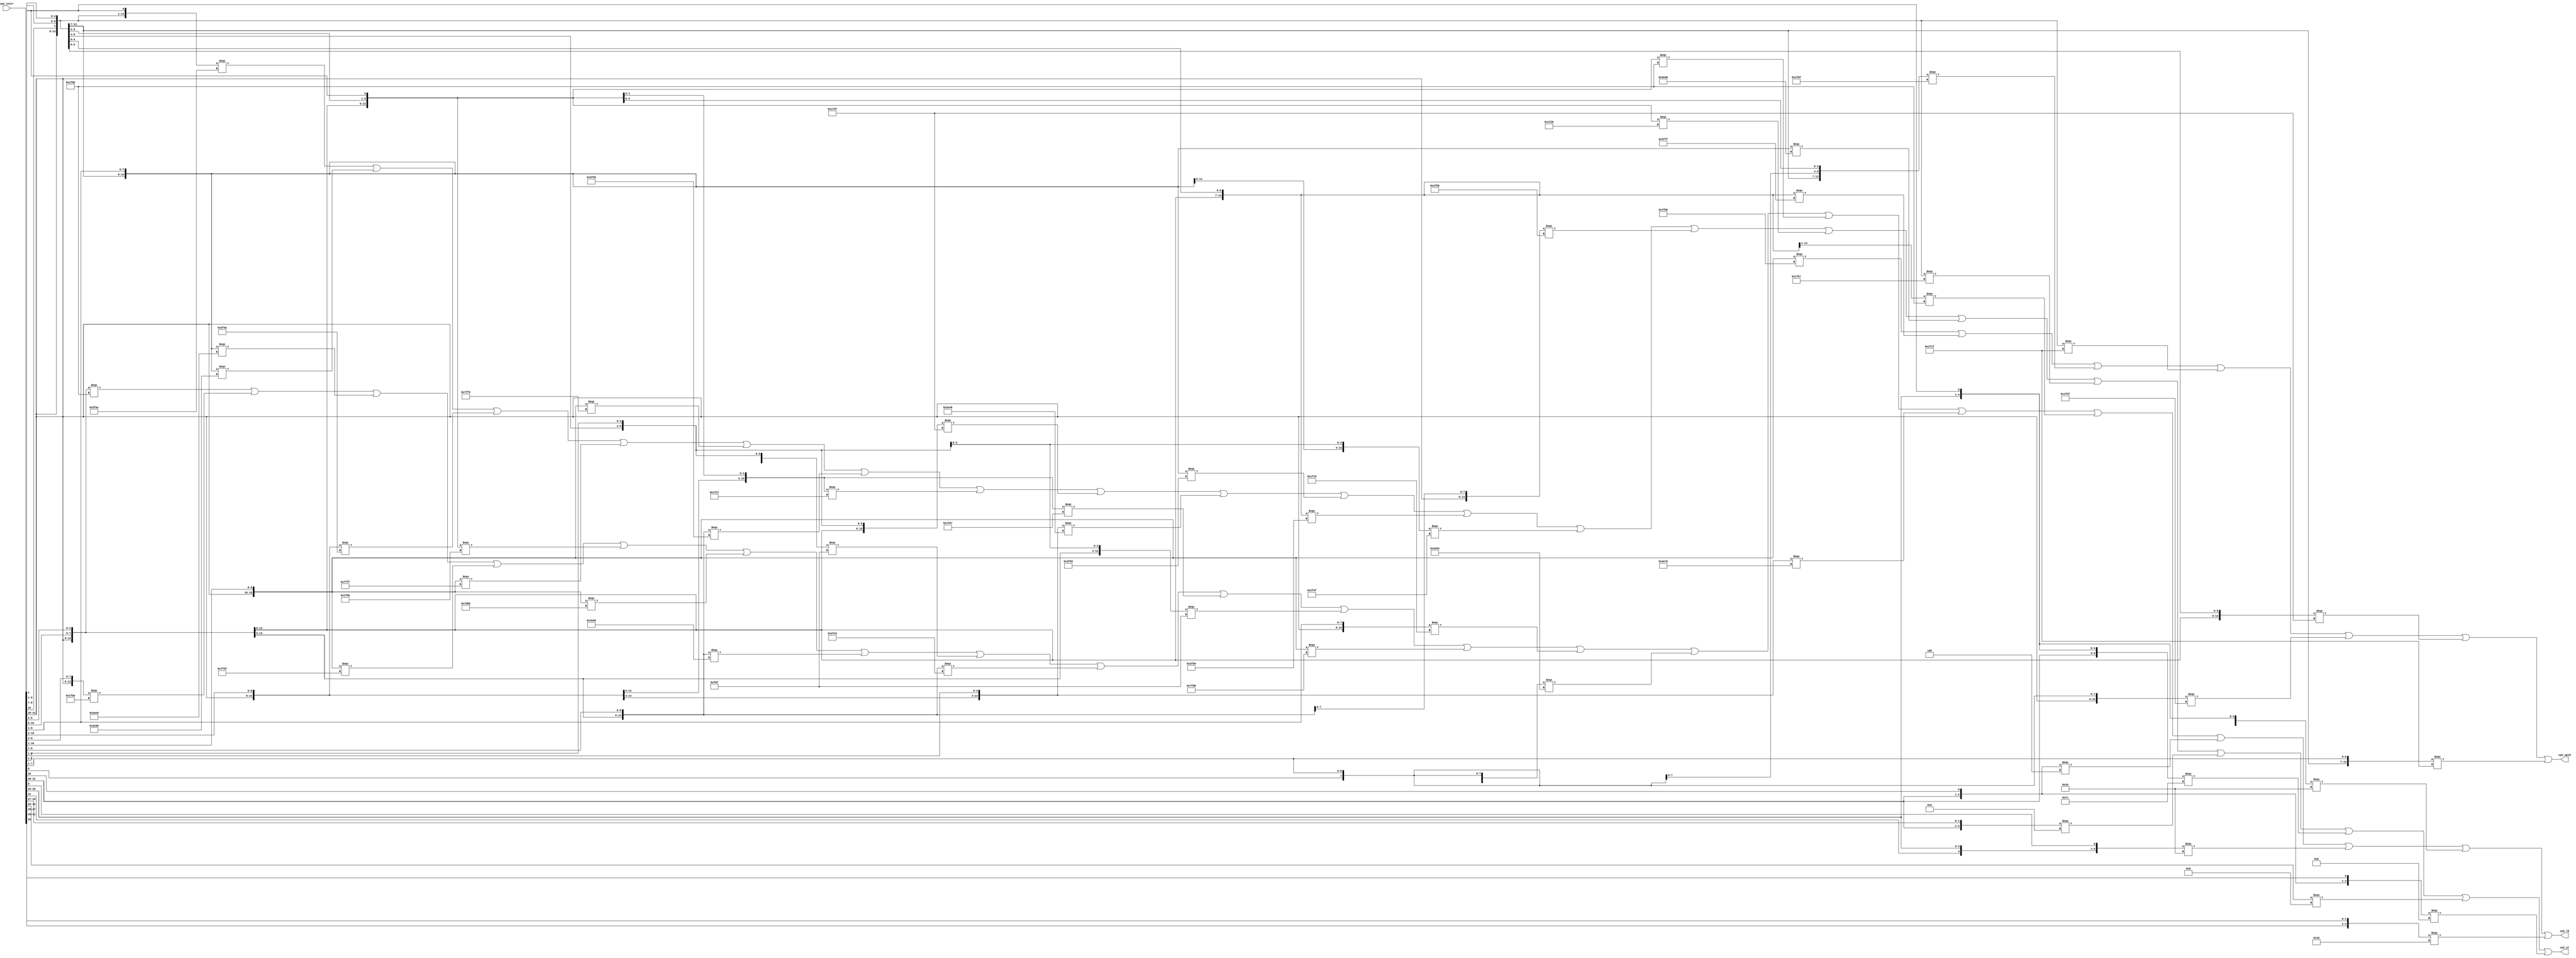
module iuq_cpl_dec(
   input [0:31] cp2_instr,
   output       cp2_ld,
   output       cp2_st,
   output       cp2_epid);

   wire [1:7]   TBL_EPID_DEC_PT;
   wire [1:41]  TBL_LD_ST_PT;
   //@@ START OF EXECUTABLE CODE FOR IUQ_CPL_DEC
   //
   // Final Table Listing
   //      *INPUTS*=============*OUTPUTS*=====*
   //      |                    |             |
   //      | cp2_instr          | cp2_epid    |
   //      | |      cp2_instr   | |           |
   //      | |      |           | |           |
   //      | 000000 2222222223  | |           |
   //      | 012345 1234567890  | |           |
   //      *TYPE*===============+=============+
   //      | PPPPPP PPPPPPPPPP  | P           |
   //      *POLARITY*---------->| +           |
   //      *PHASE*------------->| T           |
   //      *TERMS*==============+=============+
   //    1 | 011111 1110110110  | 1           |
   //    2 | 011111 1111-11111  | 1           |
   //    3 | 011111 00-00111-1  | 1           |
   //    4 | 011111 0-00-11111  | 1           |
   //    5 | 011111 -0-1011111  | 1           |
   //    6 | 011111 00-1-11111  | 1           |
   //    7 | 011111 0--0011111  | 1           |
   //      *==================================*
   //
   // Table TBL_EPID_DEC Signal Assignments for Product Terms
   assign TBL_EPID_DEC_PT[1] = (({cp2_instr[00], cp2_instr[01], cp2_instr[02], cp2_instr[03], cp2_instr[04], cp2_instr[05], cp2_instr[21], cp2_instr[22], cp2_instr[23], cp2_instr[24], cp2_instr[25], cp2_instr[26], cp2_instr[27], cp2_instr[28], cp2_instr[29], cp2_instr[30]}) === 16'b0111111110110110);
   assign TBL_EPID_DEC_PT[2] = (({cp2_instr[00], cp2_instr[01], cp2_instr[02], cp2_instr[03], cp2_instr[04], cp2_instr[05], cp2_instr[21], cp2_instr[22], cp2_instr[23], cp2_instr[24], cp2_instr[26], cp2_instr[27], cp2_instr[28], cp2_instr[29], cp2_instr[30]}) === 15'b011111111111111);
   assign TBL_EPID_DEC_PT[3] = (({cp2_instr[00], cp2_instr[01], cp2_instr[02], cp2_instr[03], cp2_instr[04], cp2_instr[05], cp2_instr[21], cp2_instr[22], cp2_instr[24], cp2_instr[25], cp2_instr[26], cp2_instr[27], cp2_instr[28], cp2_instr[30]}) === 14'b01111100001111);
   assign TBL_EPID_DEC_PT[4] = (({cp2_instr[00], cp2_instr[01], cp2_instr[02], cp2_instr[03], cp2_instr[04], cp2_instr[05], cp2_instr[21], cp2_instr[23], cp2_instr[24], cp2_instr[26], cp2_instr[27], cp2_instr[28], cp2_instr[29], cp2_instr[30]}) === 14'b01111100011111);
   assign TBL_EPID_DEC_PT[5] = (({cp2_instr[00], cp2_instr[01], cp2_instr[02], cp2_instr[03], cp2_instr[04], cp2_instr[05], cp2_instr[22], cp2_instr[24], cp2_instr[25], cp2_instr[26], cp2_instr[27], cp2_instr[28], cp2_instr[29], cp2_instr[30]}) === 14'b01111101011111);
   assign TBL_EPID_DEC_PT[6] = (({cp2_instr[00], cp2_instr[01], cp2_instr[02], cp2_instr[03], cp2_instr[04], cp2_instr[05], cp2_instr[21], cp2_instr[22], cp2_instr[24], cp2_instr[26], cp2_instr[27], cp2_instr[28], cp2_instr[29], cp2_instr[30]}) === 14'b01111100111111);
   assign TBL_EPID_DEC_PT[7] = (({cp2_instr[00], cp2_instr[01], cp2_instr[02], cp2_instr[03], cp2_instr[04], cp2_instr[05], cp2_instr[21], cp2_instr[24], cp2_instr[25], cp2_instr[26], cp2_instr[27], cp2_instr[28], cp2_instr[29], cp2_instr[30]}) === 14'b01111100011111);

   // Table TBL_EPID_DEC Signal Assignments for Outputs
   assign cp2_epid = (TBL_EPID_DEC_PT[1] | TBL_EPID_DEC_PT[2] | TBL_EPID_DEC_PT[3] | TBL_EPID_DEC_PT[4] | TBL_EPID_DEC_PT[5] | TBL_EPID_DEC_PT[6] | TBL_EPID_DEC_PT[7]);
   //
   // Final Table Listing
   //      *INPUTS*===========================*OUTPUTS*============*
   //      |                                  |                    |
   //      | cp2_instr                        |                    |
   //      | |      cp2_instr                 |                    |
   //      | |      | cp2_instr               |                    |
   //      | |      | |          cp2_instr    |                    |
   //      | |      | |          |            | cp2_ld             |
   //      | |      | |          |            | | cp2_st           |
   //      | 000000 0 2222222223 33           | | |                |
   //      | 012345 9 1234567890 01           | | |                |
   //      *TYPE*=============================+====================+
   //      | PPPPPP P PPPPPPPPPP PP           | P P                |
   //      *POLARITY*------------------------>| + +                |
   //      *PHASE*--------------------------->| T T                |
   //      *TERMS*============================+====================+
   //    1 | 011111 - 1-10-10110 0-           | . 1                |
   //    2 | 011111 - 000-01011- --           | 1 .                |
   //    3 | 011111 - 0-1001011- 0-           | . 1                |
   //    4 | 011111 - 101001010- --           | . 1                |
   //    5 | 011111 - -00001010- --           | 1 .                |
   //    6 | 011111 - 1111111111 --           | . 1                |
   //    7 | 011111 - 0-11100110 --           | 1 .                |
   //    8 | 011111 - 1111110110 --           | . 1                |
   //    9 | 011111 - 1111011111 --           | 1 .                |
   //   10 | 011111 - 0101-101-1 --           | 1 .                |
   //   11 | 011111 - 101-010101 --           | . 1                |
   //   12 | 011111 - 0110000110 --           | 1 .                |
   //   13 | 011111 - 001-100110 --           | 1 .                |
   //   14 | 011111 - 0-00-1-111 --           | 1 .                |
   //   15 | 011111 - 001001-1-1 --           | . 1                |
   //   16 | 011111 - 0011-1-111 --           | . 1                |
   //   17 | 011111 - 100-010101 --           | 1 .                |
   //   18 | 011111 - 00100-0110 --           | . 1                |
   //   19 | 011111 - 000001-1-1 --           | 1 .                |
   //   20 | 011111 - 000--1-111 --           | 1 .                |
   //   21 | 011111 - 1-10010110 --           | . 1                |
   //   22 | 011111 - 1010-10110 --           | . 1                |
   //   23 | 011111 - 1111010110 --           | 1 .                |
   //   24 | 011111 - 0-1001-111 --           | . 1                |
   //   25 | 011111 - --00010110 --           | 1 .                |
   //   26 | 011111 - -01-010110 --           | . 1                |
   //   27 | 011111 - 0010-101-1 --           | . 1                |
   //   28 | 011111 - 00-1010100 --           | 1 .                |
   //   29 | 011111 - 0000-101-1 --           | 1 .                |
   //   30 | 011111 - 0-11010110 --           | . 1                |
   //   31 | 011111 - 0-10-10111 --           | . 1                |
   //   32 | 011111 - 00111-0110 --           | 1 .                |
   //   33 | 011111 - 0000-1011- --           | 1 .                |
   //   34 | 10-0-- - ---------- --           | 1 .                |
   //   35 | 1-1010 - ---------- -0           | 1 .                |
   //   36 | 1-1010 - ---------- 0-           | 1 .                |
   //   37 | 10-10- - ---------- --           | . 1                |
   //   38 | 111110 - ---------- 0-           | . 1                |
   //   39 | 1001-- - ---------- --           | . 1                |
   //   40 | 101-10 - ---------- --           | 1 .                |
   //   41 | 10-1-1 - ---------- --           | . 1                |
   //      *=======================================================*
   //
   // Table TBL_LD_ST Signal Assignments for Product Terms
   assign TBL_LD_ST_PT[1] = (({cp2_instr[00], cp2_instr[01], cp2_instr[02], cp2_instr[03], cp2_instr[04], cp2_instr[05], cp2_instr[21], cp2_instr[23], cp2_instr[24], cp2_instr[26], cp2_instr[27], cp2_instr[28], cp2_instr[29], cp2_instr[30], cp2_instr[30]}) === 15'b011111110101100);
   assign TBL_LD_ST_PT[2] = (({cp2_instr[00], cp2_instr[01], cp2_instr[02], cp2_instr[03], cp2_instr[04], cp2_instr[05], cp2_instr[21], cp2_instr[22], cp2_instr[23], cp2_instr[25], cp2_instr[26], cp2_instr[27], cp2_instr[28], cp2_instr[29]}) === 14'b01111100001011);
   assign TBL_LD_ST_PT[3] = (({cp2_instr[00], cp2_instr[01], cp2_instr[02], cp2_instr[03], cp2_instr[04], cp2_instr[05], cp2_instr[21], cp2_instr[23], cp2_instr[24], cp2_instr[25], cp2_instr[26], cp2_instr[27], cp2_instr[28], cp2_instr[29], cp2_instr[30]}) === 15'b011111010010110);
   assign TBL_LD_ST_PT[4] = (({cp2_instr[00], cp2_instr[01], cp2_instr[02], cp2_instr[03], cp2_instr[04], cp2_instr[05], cp2_instr[21], cp2_instr[22], cp2_instr[23], cp2_instr[24], cp2_instr[25], cp2_instr[26], cp2_instr[27], cp2_instr[28], cp2_instr[29]}) === 15'b011111101001010);
   assign TBL_LD_ST_PT[5] = (({cp2_instr[00], cp2_instr[01], cp2_instr[02], cp2_instr[03], cp2_instr[04], cp2_instr[05], cp2_instr[22], cp2_instr[23], cp2_instr[24], cp2_instr[25], cp2_instr[26], cp2_instr[27], cp2_instr[28], cp2_instr[29]}) === 14'b01111100001010);
   assign TBL_LD_ST_PT[6] = (({cp2_instr[00], cp2_instr[01], cp2_instr[02], cp2_instr[03], cp2_instr[04], cp2_instr[05], cp2_instr[21], cp2_instr[22], cp2_instr[23], cp2_instr[24], cp2_instr[25], cp2_instr[26], cp2_instr[27], cp2_instr[28], cp2_instr[29], cp2_instr[30]}) === 16'b0111111111111111);
   assign TBL_LD_ST_PT[7] = (({cp2_instr[00], cp2_instr[01], cp2_instr[02], cp2_instr[03], cp2_instr[04], cp2_instr[05], cp2_instr[21], cp2_instr[23], cp2_instr[24], cp2_instr[25], cp2_instr[26], cp2_instr[27], cp2_instr[28], cp2_instr[29], cp2_instr[30]}) === 15'b011111011100110);
   assign TBL_LD_ST_PT[8] = (({cp2_instr[00], cp2_instr[01], cp2_instr[02], cp2_instr[03], cp2_instr[04], cp2_instr[05], cp2_instr[21], cp2_instr[22], cp2_instr[23], cp2_instr[24], cp2_instr[25], cp2_instr[26], cp2_instr[27], cp2_instr[28], cp2_instr[29], cp2_instr[30]}) === 16'b0111111111110110);
   assign TBL_LD_ST_PT[9] = (({cp2_instr[00], cp2_instr[01], cp2_instr[02], cp2_instr[03], cp2_instr[04], cp2_instr[05], cp2_instr[21], cp2_instr[22], cp2_instr[23], cp2_instr[24], cp2_instr[25], cp2_instr[26], cp2_instr[27], cp2_instr[28], cp2_instr[29], cp2_instr[30]}) === 16'b0111111111011111);
   assign TBL_LD_ST_PT[10] = (({cp2_instr[00], cp2_instr[01], cp2_instr[02], cp2_instr[03], cp2_instr[04], cp2_instr[05], cp2_instr[21], cp2_instr[22], cp2_instr[23], cp2_instr[24], cp2_instr[26], cp2_instr[27], cp2_instr[28], cp2_instr[30]}) === 14'b01111101011011);
   assign TBL_LD_ST_PT[11] = (({cp2_instr[00], cp2_instr[01], cp2_instr[02], cp2_instr[03], cp2_instr[04], cp2_instr[05], cp2_instr[21], cp2_instr[22], cp2_instr[23], cp2_instr[25], cp2_instr[26], cp2_instr[27], cp2_instr[28], cp2_instr[29], cp2_instr[30]}) === 15'b011111101010101);
   assign TBL_LD_ST_PT[12] = (({cp2_instr[00], cp2_instr[01], cp2_instr[02], cp2_instr[03], cp2_instr[04], cp2_instr[05], cp2_instr[21], cp2_instr[22], cp2_instr[23], cp2_instr[24], cp2_instr[25], cp2_instr[26], cp2_instr[27], cp2_instr[28], cp2_instr[29], cp2_instr[30]}) === 16'b0111110110000110);
   assign TBL_LD_ST_PT[13] = (({cp2_instr[00], cp2_instr[01], cp2_instr[02], cp2_instr[03], cp2_instr[04], cp2_instr[05], cp2_instr[21], cp2_instr[22], cp2_instr[23], cp2_instr[25], cp2_instr[26], cp2_instr[27], cp2_instr[28], cp2_instr[29], cp2_instr[30]}) === 15'b011111001100110);
   assign TBL_LD_ST_PT[14] = (({cp2_instr[00], cp2_instr[01], cp2_instr[02], cp2_instr[03], cp2_instr[04], cp2_instr[05], cp2_instr[21], cp2_instr[23], cp2_instr[24], cp2_instr[26], cp2_instr[28], cp2_instr[29], cp2_instr[30]}) === 13'b0111110001111);
   assign TBL_LD_ST_PT[15] = (({cp2_instr[00], cp2_instr[01], cp2_instr[02], cp2_instr[03], cp2_instr[04], cp2_instr[05], cp2_instr[21], cp2_instr[22], cp2_instr[23], cp2_instr[24], cp2_instr[25], cp2_instr[26], cp2_instr[28], cp2_instr[30]}) === 14'b01111100100111);
   assign TBL_LD_ST_PT[16] = (({cp2_instr[00], cp2_instr[01], cp2_instr[02], cp2_instr[03], cp2_instr[04], cp2_instr[05], cp2_instr[21], cp2_instr[22], cp2_instr[23], cp2_instr[24], cp2_instr[26], cp2_instr[28], cp2_instr[29], cp2_instr[30]}) === 14'b01111100111111);
   assign TBL_LD_ST_PT[17] = (({cp2_instr[00], cp2_instr[01], cp2_instr[02], cp2_instr[03], cp2_instr[04], cp2_instr[05], cp2_instr[21], cp2_instr[22], cp2_instr[23], cp2_instr[25], cp2_instr[26], cp2_instr[27], cp2_instr[28], cp2_instr[29], cp2_instr[30]}) === 15'b011111100010101);
   assign TBL_LD_ST_PT[18] = (({cp2_instr[00], cp2_instr[01], cp2_instr[02], cp2_instr[03], cp2_instr[04], cp2_instr[05], cp2_instr[21], cp2_instr[22], cp2_instr[23], cp2_instr[24], cp2_instr[25], cp2_instr[27], cp2_instr[28], cp2_instr[29], cp2_instr[30]}) === 15'b011111001000110);
   assign TBL_LD_ST_PT[19] = (({cp2_instr[00], cp2_instr[01], cp2_instr[02], cp2_instr[03], cp2_instr[04], cp2_instr[05], cp2_instr[21], cp2_instr[22], cp2_instr[23], cp2_instr[24], cp2_instr[25], cp2_instr[26], cp2_instr[28], cp2_instr[30]}) === 14'b01111100000111);
   assign TBL_LD_ST_PT[20] = (({cp2_instr[00], cp2_instr[01], cp2_instr[02], cp2_instr[03], cp2_instr[04], cp2_instr[05], cp2_instr[21], cp2_instr[22], cp2_instr[23], cp2_instr[26], cp2_instr[28], cp2_instr[29], cp2_instr[30]}) === 13'b0111110001111);
   assign TBL_LD_ST_PT[21] = (({cp2_instr[00], cp2_instr[01], cp2_instr[02], cp2_instr[03], cp2_instr[04], cp2_instr[05], cp2_instr[21], cp2_instr[23], cp2_instr[24], cp2_instr[25], cp2_instr[26], cp2_instr[27], cp2_instr[28], cp2_instr[29], cp2_instr[30]}) === 15'b011111110010110);
   assign TBL_LD_ST_PT[22] = (({cp2_instr[00], cp2_instr[01], cp2_instr[02], cp2_instr[03], cp2_instr[04], cp2_instr[05], cp2_instr[21], cp2_instr[22], cp2_instr[23], cp2_instr[24], cp2_instr[26], cp2_instr[27], cp2_instr[28], cp2_instr[29], cp2_instr[30]}) === 15'b011111101010110);
   assign TBL_LD_ST_PT[23] = (({cp2_instr[00], cp2_instr[01], cp2_instr[02], cp2_instr[03], cp2_instr[04], cp2_instr[05], cp2_instr[21], cp2_instr[22], cp2_instr[23], cp2_instr[24], cp2_instr[25], cp2_instr[26], cp2_instr[27], cp2_instr[28], cp2_instr[29], cp2_instr[30]}) === 16'b0111111111010110);
   assign TBL_LD_ST_PT[24] = (({cp2_instr[00], cp2_instr[01], cp2_instr[02], cp2_instr[03], cp2_instr[04], cp2_instr[05], cp2_instr[21], cp2_instr[23], cp2_instr[24], cp2_instr[25], cp2_instr[26], cp2_instr[28], cp2_instr[29], cp2_instr[30]}) === 14'b01111101001111);
   assign TBL_LD_ST_PT[25] = (({cp2_instr[00], cp2_instr[01], cp2_instr[02], cp2_instr[03], cp2_instr[04], cp2_instr[05], cp2_instr[23], cp2_instr[24], cp2_instr[25], cp2_instr[26], cp2_instr[27], cp2_instr[28], cp2_instr[29], cp2_instr[30]}) === 14'b01111100010110);
   assign TBL_LD_ST_PT[26] = (({cp2_instr[00], cp2_instr[01], cp2_instr[02], cp2_instr[03], cp2_instr[04], cp2_instr[05], cp2_instr[22], cp2_instr[23], cp2_instr[25], cp2_instr[26], cp2_instr[27], cp2_instr[28], cp2_instr[29], cp2_instr[30]}) === 14'b01111101010110);
   assign TBL_LD_ST_PT[27] = (({cp2_instr[00], cp2_instr[01], cp2_instr[02], cp2_instr[03], cp2_instr[04], cp2_instr[05], cp2_instr[21], cp2_instr[22], cp2_instr[23], cp2_instr[24], cp2_instr[26], cp2_instr[27], cp2_instr[28], cp2_instr[30]}) === 14'b01111100101011);
   assign TBL_LD_ST_PT[28] = (({cp2_instr[00], cp2_instr[01], cp2_instr[02], cp2_instr[03], cp2_instr[04], cp2_instr[05], cp2_instr[21], cp2_instr[22], cp2_instr[24], cp2_instr[25], cp2_instr[26], cp2_instr[27], cp2_instr[28], cp2_instr[29], cp2_instr[30]}) === 15'b011111001010100);
   assign TBL_LD_ST_PT[29] = (({cp2_instr[00], cp2_instr[01], cp2_instr[02], cp2_instr[03], cp2_instr[04], cp2_instr[05], cp2_instr[21], cp2_instr[22], cp2_instr[23], cp2_instr[24], cp2_instr[26], cp2_instr[27], cp2_instr[28], cp2_instr[30]}) === 14'b01111100001011);
   assign TBL_LD_ST_PT[30] = (({cp2_instr[00], cp2_instr[01], cp2_instr[02], cp2_instr[03], cp2_instr[04], cp2_instr[05], cp2_instr[21], cp2_instr[23], cp2_instr[24], cp2_instr[25], cp2_instr[26], cp2_instr[27], cp2_instr[28], cp2_instr[29], cp2_instr[30]}) === 15'b011111011010110);
   assign TBL_LD_ST_PT[31] = (({cp2_instr[00], cp2_instr[01], cp2_instr[02], cp2_instr[03], cp2_instr[04], cp2_instr[05], cp2_instr[21], cp2_instr[23], cp2_instr[24], cp2_instr[26], cp2_instr[27], cp2_instr[28], cp2_instr[29], cp2_instr[30]}) === 14'b01111101010111);
   assign TBL_LD_ST_PT[32] = (({cp2_instr[00], cp2_instr[01], cp2_instr[02], cp2_instr[03], cp2_instr[04], cp2_instr[05], cp2_instr[21], cp2_instr[22], cp2_instr[23], cp2_instr[24], cp2_instr[25], cp2_instr[27], cp2_instr[28], cp2_instr[29], cp2_instr[30]}) === 15'b011111001110110);
   assign TBL_LD_ST_PT[33] = (({cp2_instr[00], cp2_instr[01], cp2_instr[02], cp2_instr[03], cp2_instr[04], cp2_instr[05], cp2_instr[21], cp2_instr[22], cp2_instr[23], cp2_instr[24], cp2_instr[26], cp2_instr[27], cp2_instr[28], cp2_instr[29]}) === 14'b01111100001011);
   assign TBL_LD_ST_PT[34] = (({cp2_instr[00], cp2_instr[01], cp2_instr[03]}) === 3'b100);
   assign TBL_LD_ST_PT[35] = (({cp2_instr[00], cp2_instr[02], cp2_instr[03], cp2_instr[04], cp2_instr[05], cp2_instr[31]}) === 6'b110100);
   assign TBL_LD_ST_PT[36] = (({cp2_instr[00], cp2_instr[02], cp2_instr[03], cp2_instr[04], cp2_instr[05], cp2_instr[30]}) === 6'b110100);
   assign TBL_LD_ST_PT[37] = (({cp2_instr[00], cp2_instr[01], cp2_instr[03], cp2_instr[04]}) === 4'b1010);
   assign TBL_LD_ST_PT[38] = (({cp2_instr[00], cp2_instr[01], cp2_instr[02], cp2_instr[03], cp2_instr[04], cp2_instr[05], cp2_instr[30]}) === 7'b1111100);
   assign TBL_LD_ST_PT[39] = (({cp2_instr[00], cp2_instr[01], cp2_instr[02], cp2_instr[03]}) === 4'b1001);
   assign TBL_LD_ST_PT[40] = (({cp2_instr[00], cp2_instr[01], cp2_instr[02], cp2_instr[04], cp2_instr[05]}) === 5'b10110);
   assign TBL_LD_ST_PT[41] = (({cp2_instr[00], cp2_instr[01], cp2_instr[03], cp2_instr[05]}) === 4'b1011);
   // Table TBL_LD_ST Signal Assignments for Outputs
   assign cp2_ld = (TBL_LD_ST_PT[2] | TBL_LD_ST_PT[5] | TBL_LD_ST_PT[7] | TBL_LD_ST_PT[9] | TBL_LD_ST_PT[10] | TBL_LD_ST_PT[12] | TBL_LD_ST_PT[13] | TBL_LD_ST_PT[14] | TBL_LD_ST_PT[17] | TBL_LD_ST_PT[19] | TBL_LD_ST_PT[20] | TBL_LD_ST_PT[23] | TBL_LD_ST_PT[25] | TBL_LD_ST_PT[28] | TBL_LD_ST_PT[29] | TBL_LD_ST_PT[32] | TBL_LD_ST_PT[33] | TBL_LD_ST_PT[34] | TBL_LD_ST_PT[35] | TBL_LD_ST_PT[36] | TBL_LD_ST_PT[40]);
   assign cp2_st = (TBL_LD_ST_PT[1] | TBL_LD_ST_PT[3] | TBL_LD_ST_PT[4] | TBL_LD_ST_PT[6] | TBL_LD_ST_PT[8] | TBL_LD_ST_PT[11] | TBL_LD_ST_PT[15] | TBL_LD_ST_PT[16] | TBL_LD_ST_PT[18] | TBL_LD_ST_PT[21] | TBL_LD_ST_PT[22] | TBL_LD_ST_PT[24] | TBL_LD_ST_PT[26] | TBL_LD_ST_PT[27] | TBL_LD_ST_PT[30] | TBL_LD_ST_PT[31] | TBL_LD_ST_PT[37] | TBL_LD_ST_PT[38] | TBL_LD_ST_PT[39] | TBL_LD_ST_PT[41]);

endmodule